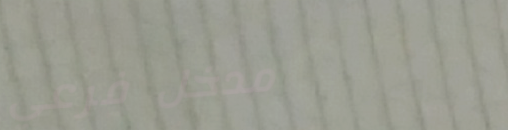
مدخل فرعي